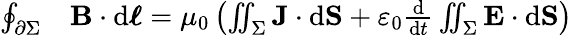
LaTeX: {\begin{array}{rl}{\oint_{\partial\Sigma}}&{\mathbf{B}\cdot\mathrm{d}{\boldsymbol{\ell}}=\mu_{0}\left(\iint_{\Sigma}\mathbf{J}\cdot\mathrm{d}\mathbf{S}+\varepsilon_{0}{\frac{\mathrm{d}}{\mathrm{d}t}}\iint_{\Sigma}\mathbf{E}\cdot\mathrm{d}\mathbf{S}\right)}\end{array}}